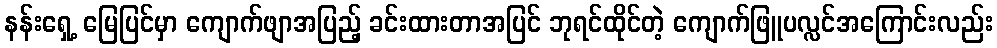
နန်းရှေ့ မြေပြင်မှာ ကျောက်ဖျာအပြည့် ခင်းထားတာအပြင် ဘုရင်ထိုင်တဲ့ ကျောက်ဖြူပလ္လင်အကြောင်းလည်း